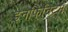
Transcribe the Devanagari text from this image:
इनफिनिटम